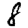
Digit: 8